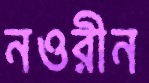
নওরীন